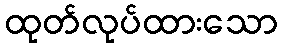
ထုတ်လုပ်ထားသော